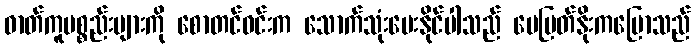
ဓာတ်ကူပစ္စည်းများကို စောတင်ဝင်းက သောက်သုံးပေးနိုင်ပါသည် မေမြတ်နိုးကပြောသည်